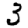
Digit: 3